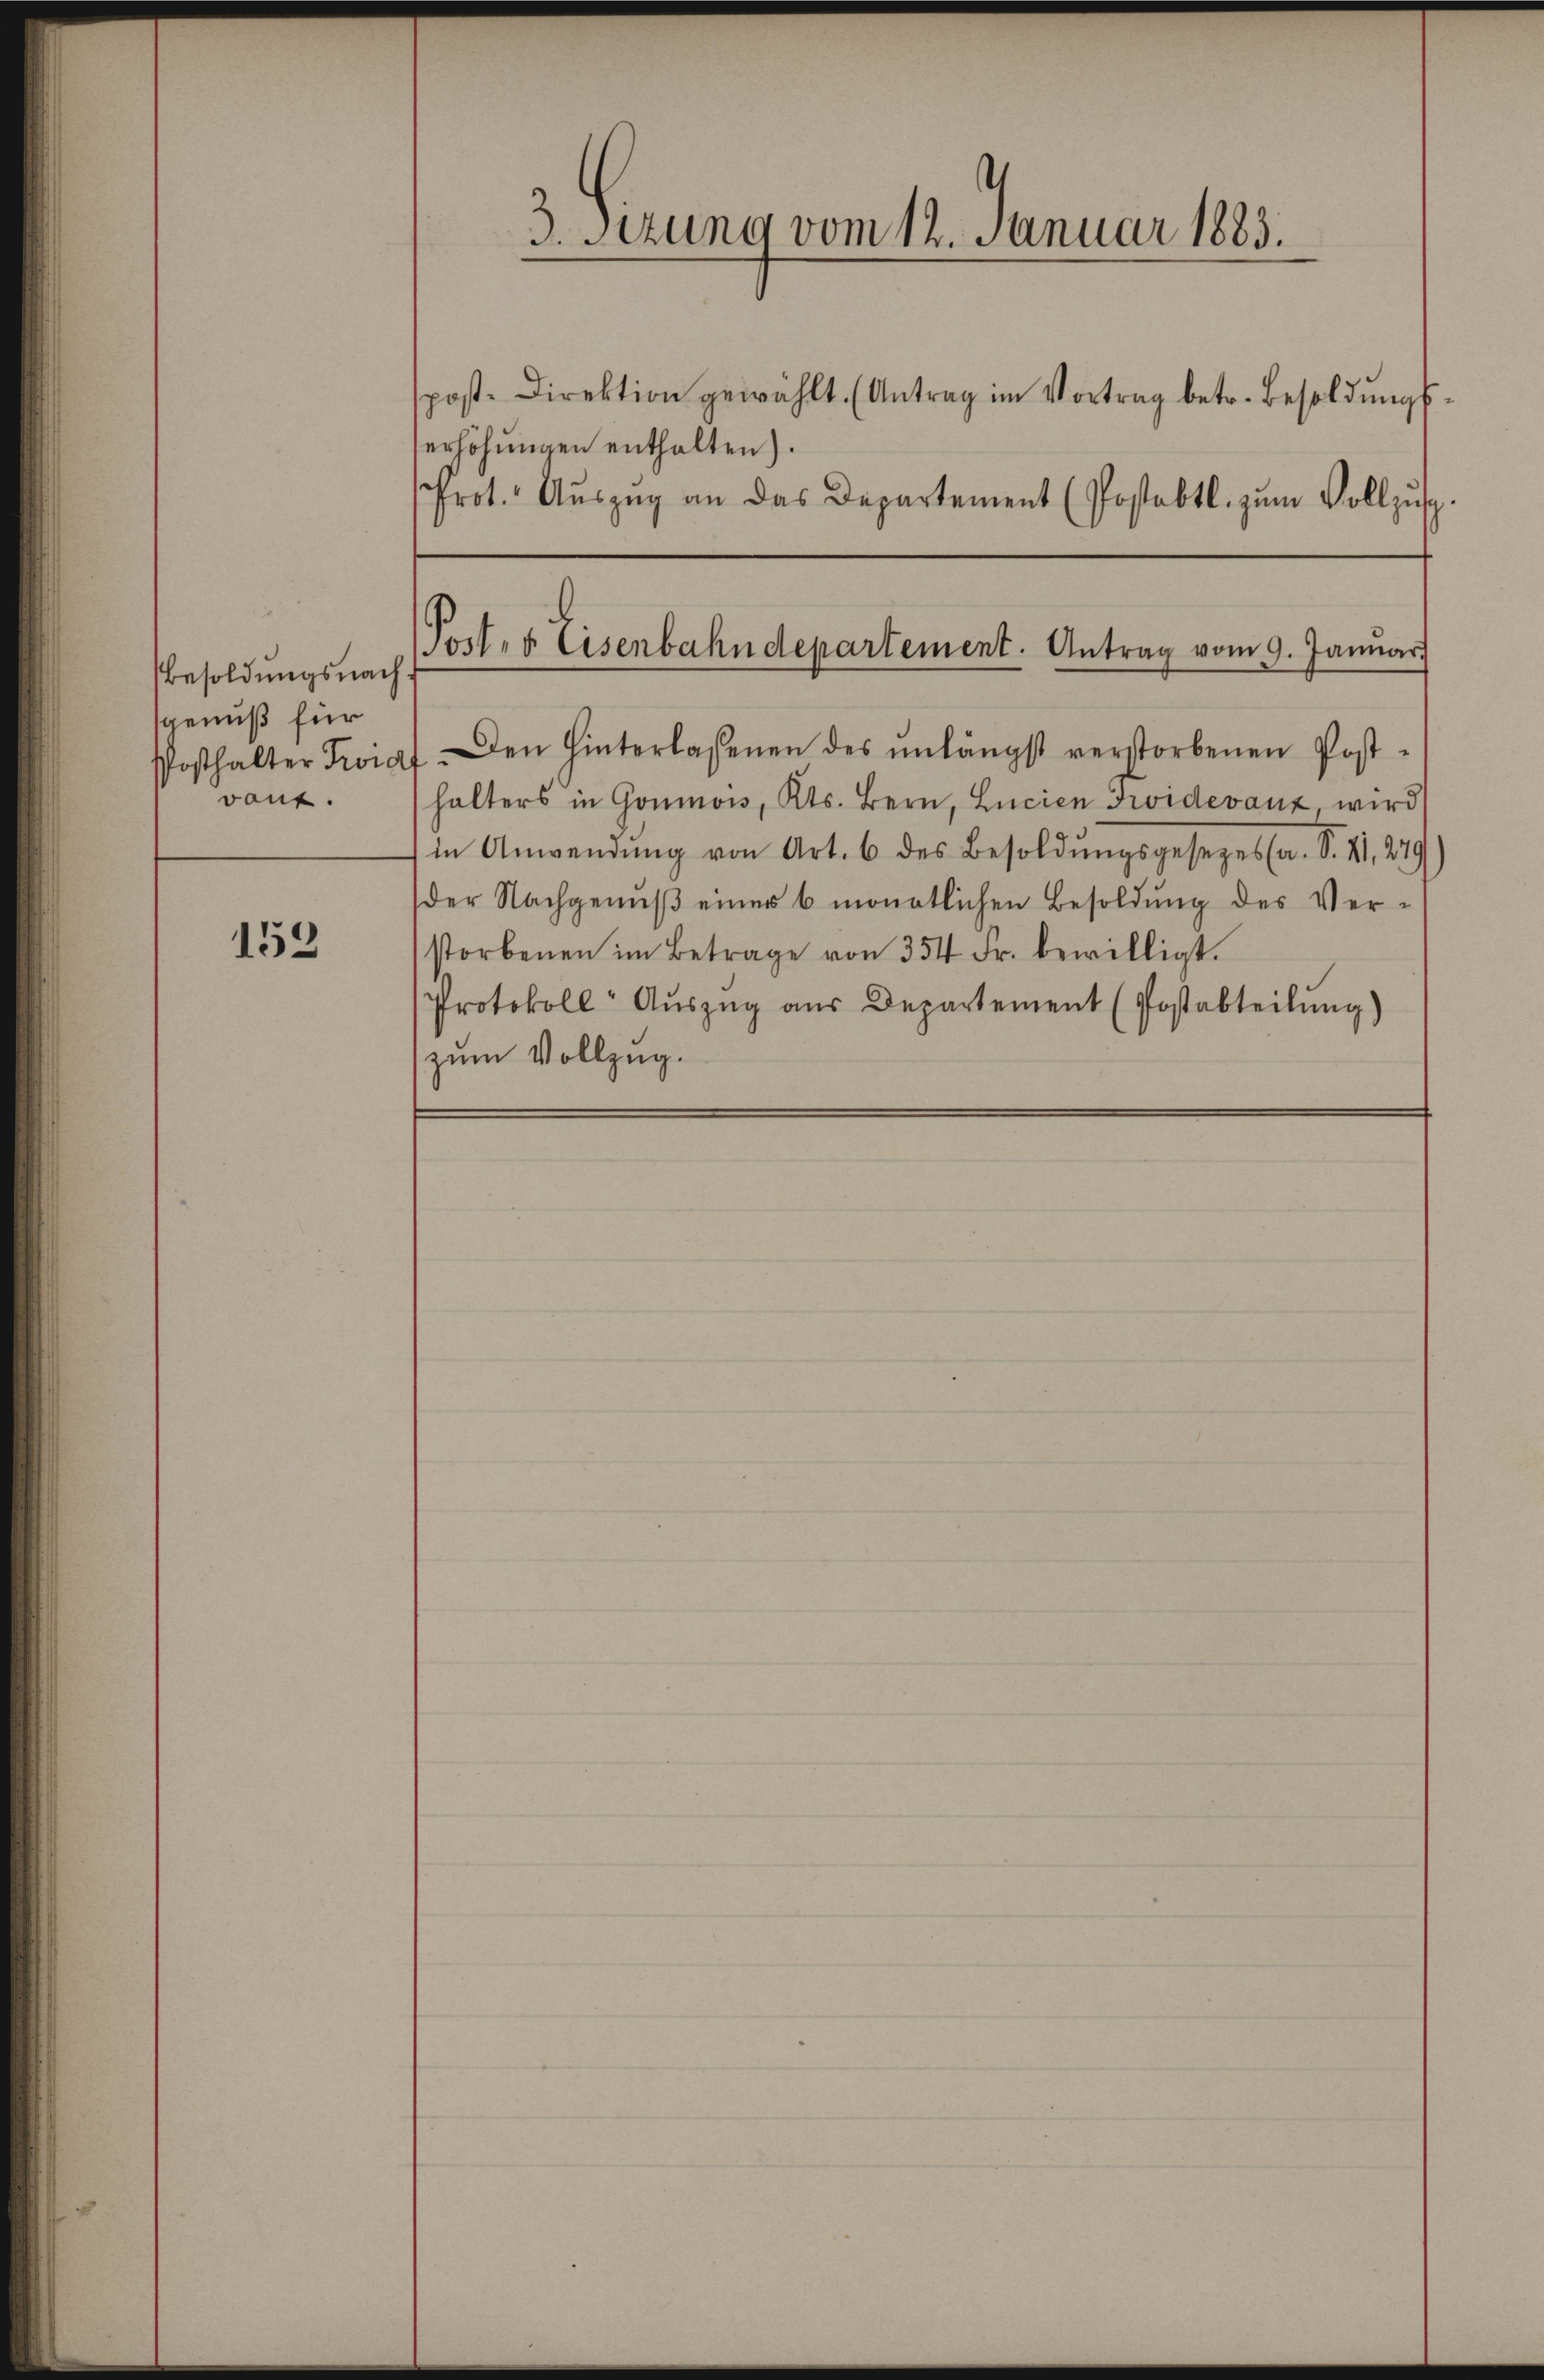
esoldungsnachsgenuß für
vaut.

152

spost. Direktion gewählt. (Antrag im Vortrag betr. Besoldŭngs-
erhöhungen enthalten).
Prot. Aŭszŭg an das Departement (Postabtl. zŭm Vollzŭsp.
Posthalter Zwiaf. Den Hinterlassenen des ŭnlängst verstorbenen Post-
halters in Goumois, Kts. Bern, Lucien Fridevanz, wird
in Anwendŭng von Art. 6 des Besoldŭngsgesezessa. S. 41, 279
der Nachgenŭβ einer 6 monatlichen Besoldŭng des Ver-
storbenen im Betrage von 354 Fr. bewilligt.
Protokoll Aŭszŭg aŭs Departement (Postabteilŭng)
zum Vollzug.

3. Sezung vom 12. Januar 1883.

Post- & Eisenbahndepartement. Antrag vom 9. Januar